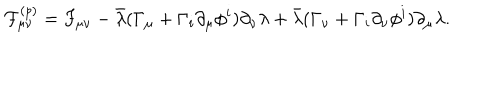
{ \cal F } _ { \mu \nu } ^ { ( p ) } = F _ { \mu \nu } - \bar { \lambda } ( \Gamma _ { \mu } + \Gamma _ { i } \partial _ { \mu } \phi ^ { i } ) \partial _ { \nu } \lambda + \bar { \lambda } ( \Gamma _ { \nu } + \Gamma _ { i } \partial _ { \nu } \phi ^ { i } ) \partial _ { \mu } \lambda .